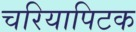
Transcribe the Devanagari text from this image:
चरियापिटक